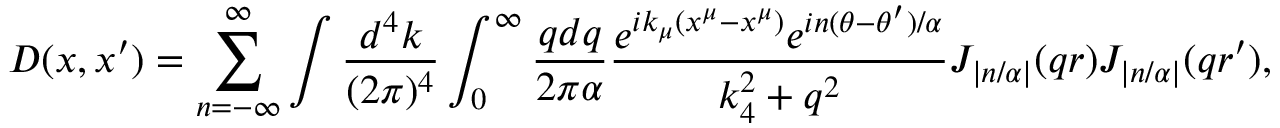
D ( x , x ^ { \prime } ) = \sum _ { n = - \infty } ^ { \infty } \int { \frac { d ^ { 4 } k } { ( 2 \pi ) ^ { 4 } } } \int _ { 0 } ^ { \infty } { \frac { q d q } { 2 \pi \alpha } } { \frac { e ^ { i k _ { \mu } ( x ^ { \mu } - x ^ { \mu } ) } e ^ { i n ( \theta - \theta ^ { \prime } ) / \alpha } } { k _ { 4 } ^ { 2 } + q ^ { 2 } } } J _ { \left| n / \alpha \right| } ( q r ) J _ { \left| n / \alpha \right| } ( q r ^ { \prime } ) ,